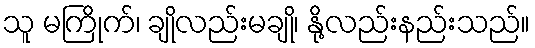
သူ မကြိုက်၊ ချိုလည်းမချို၊ နို့လည်းနည်းသည်။